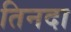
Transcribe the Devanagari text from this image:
तिनदा